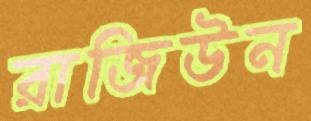
রাজিউন